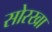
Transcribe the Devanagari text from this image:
सोरखा